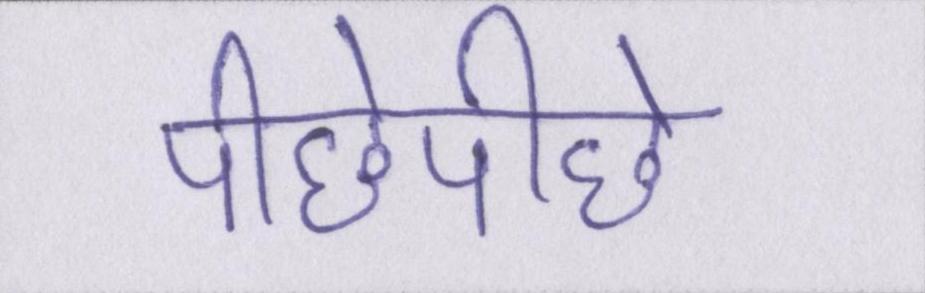
पीछेपीछे